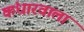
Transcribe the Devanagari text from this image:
कंधारवाला